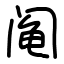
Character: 阄